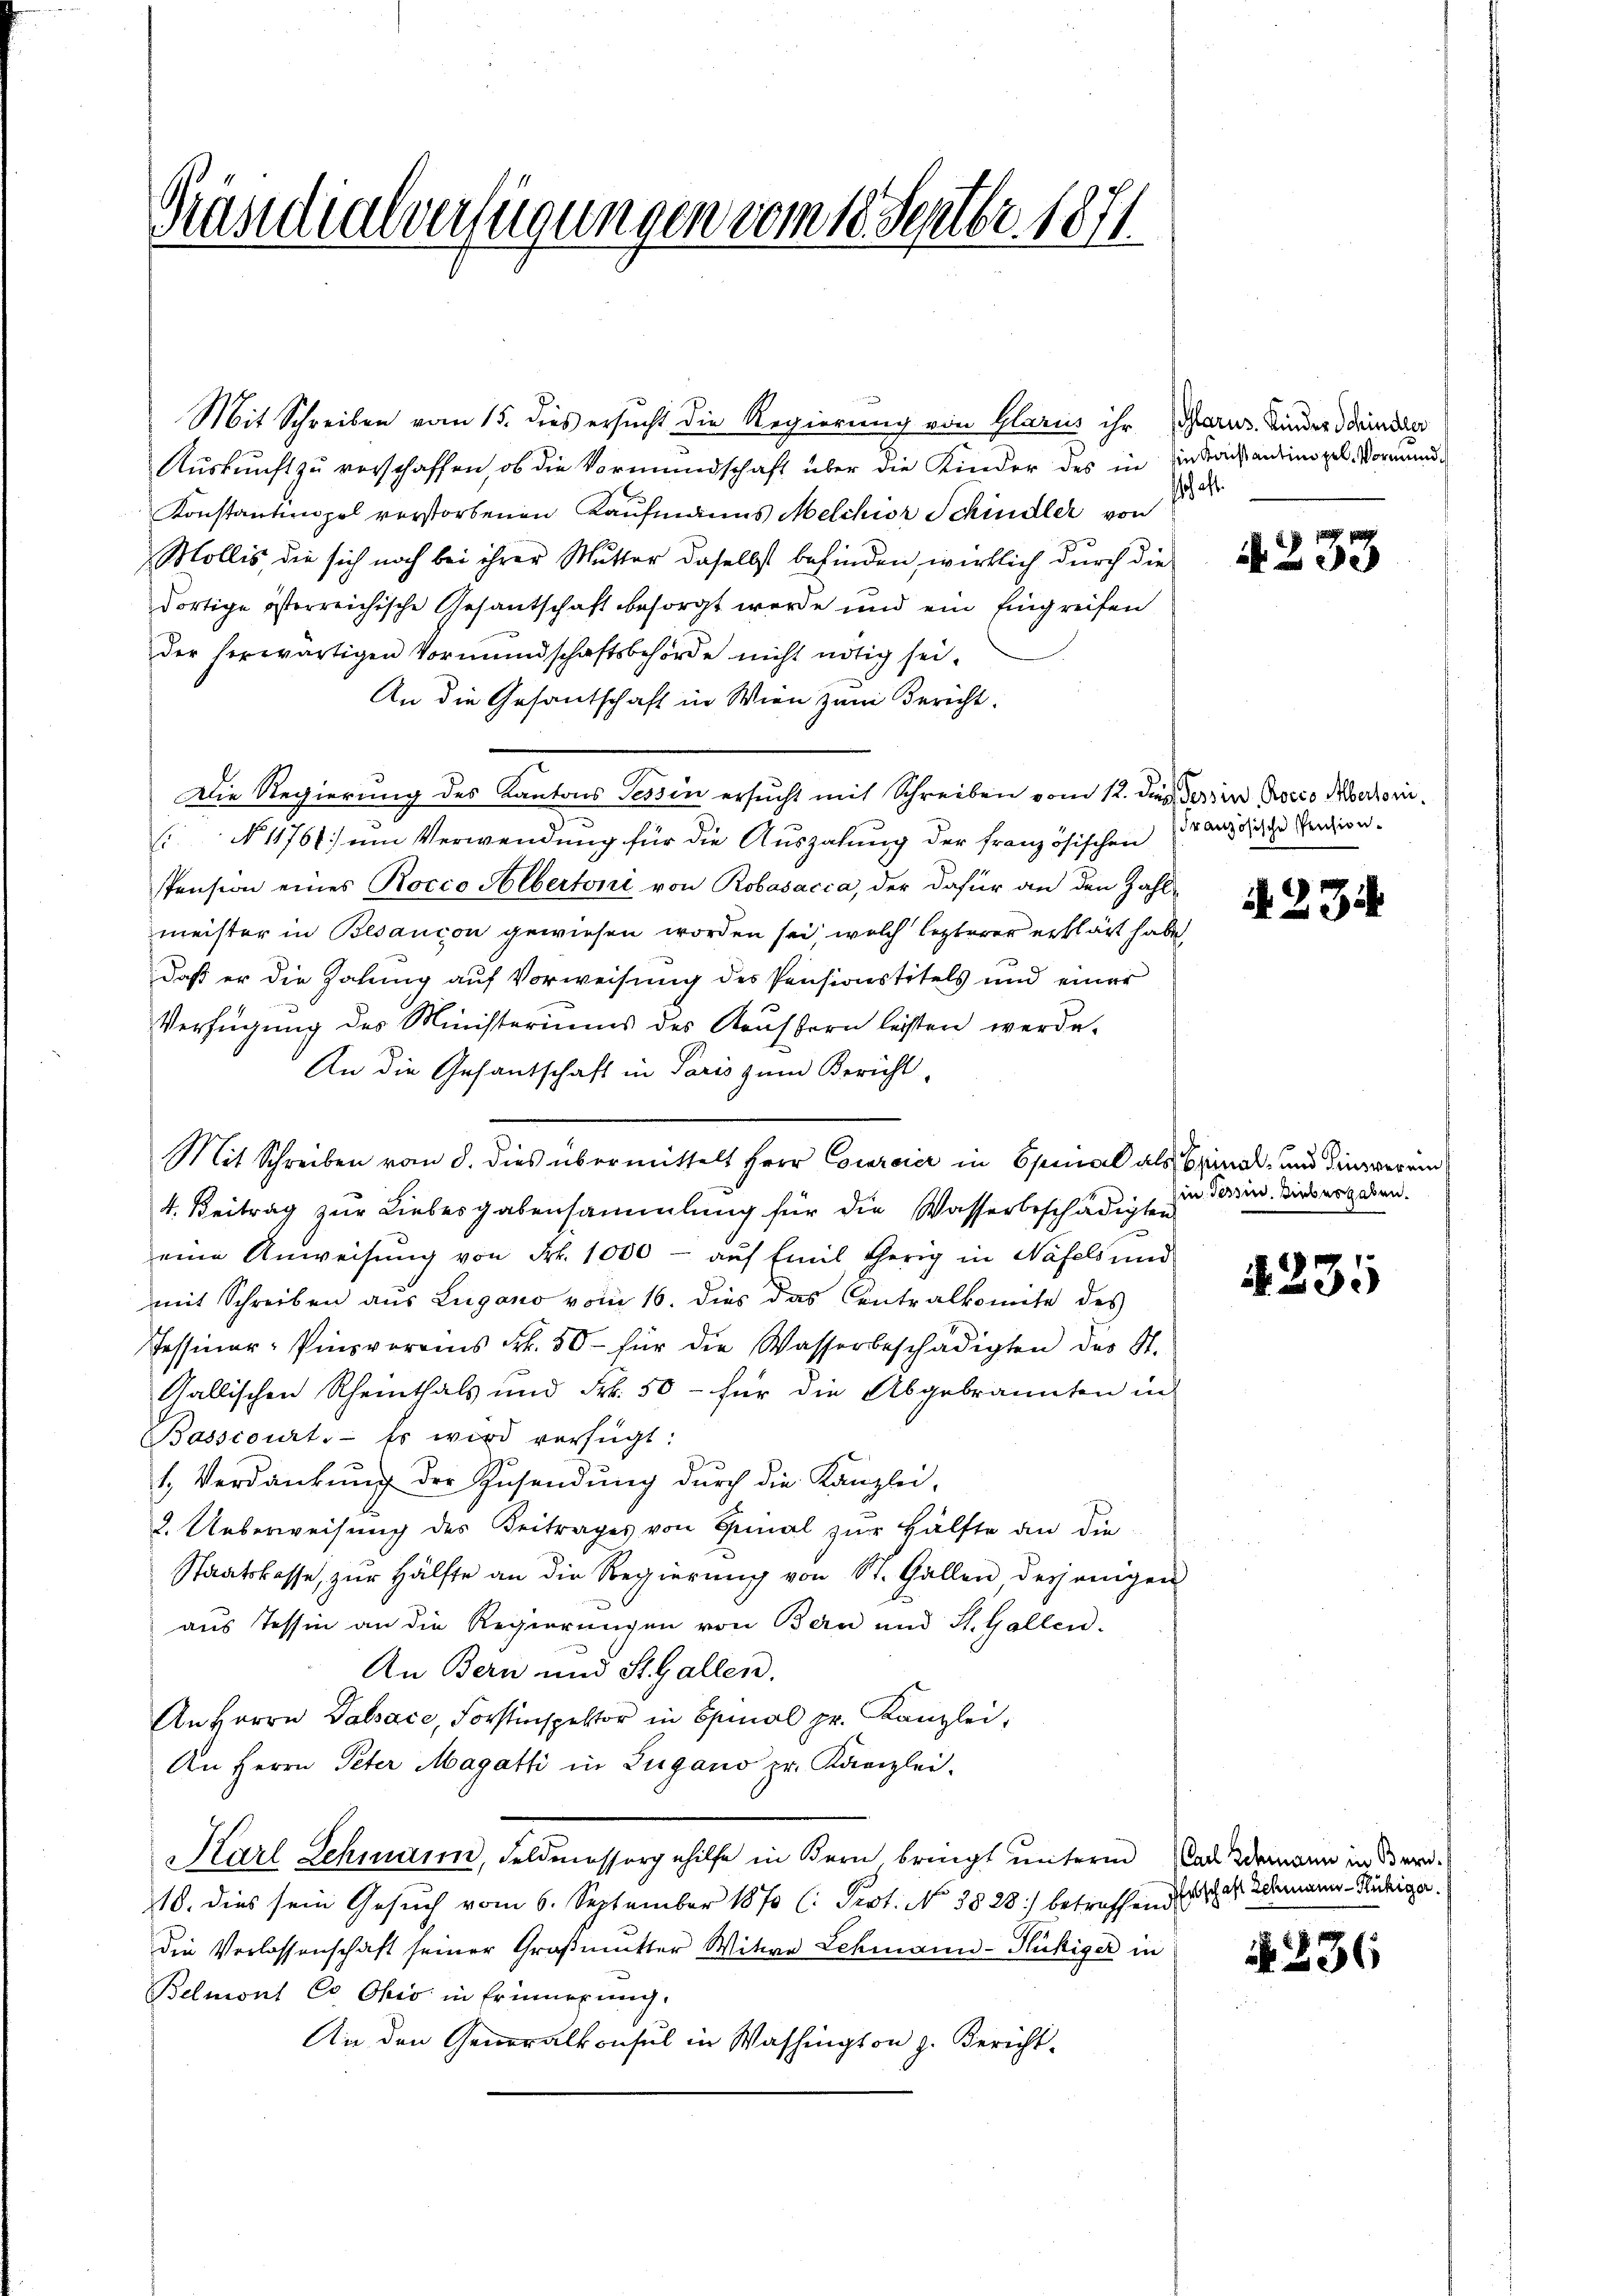
Brandialverfügungen vom 18. Septbr. 1871
f

Mit Schreiben vom 15. dies ersucht die Regierung von Glarus ihr Maris. Kinder darin der
Auskunft zu verschaffen, ob die Vormundschaft über die Kinder des in Eintrach antinopel Vormund¬
Konstantinopel verstorbenen Kaufmanns Melchior Schindler von d. d
Mollis, die sich noch bei ihrer Mutter daselbst befinden, wirklich durch die
dortige österreichische Gesantschaft besorgt werde und ein Eingreifen
der herwärtigen Vormundschaftsbehörde nicht nötig sei.
An die Gesantschaft in Wien zum Bericht.
Die Regierung des Kantons Tessin ersucht mit Schreiben vom 12. den der in Rocco Mertori¬
 No 11761 um Verwendung für die Auszahung der französischen (Marzoche Verdien¬
Pension eines Rocco Albertoni von Robasacca, der dafür an den Zahl-
meister in Blancon gewiesen worden sei, welch lezterer erklärt habe,
daß er die Zahung auf Vorweisung des Pensionstitels und einer
Verfügung des Ministeriums des Kauffern leisten werde.
An die Gesantschaft in Paris zum Bericht,
Mit Schreiben vom 8. dies übermittelt Herr Cocareier in Osmal als Spinal- und dingerein
4. Beitrag zur Liebesgabensammlung für die Wasserbeschädigten
eine Anweisung von Fr. 1000 - auf Emil therig in Näfels und
mit Schreiben aus Lugano vom 16. dies das Contralkomite des
Tessiner-Pinsvereins Frk. 50 für die Wasserbeschädigten des St.
Gallischen Rheinthals und Frk. 50 - für die Abgebrannten in
Basscourt.- Es wird verfügt:
1. Verdankung der Zusendung durch die Kanzlei-
2. Ueberweisung des Beitrages von Genal zŭr Hälfte an die
Staatskasse, zur Hälfte an die Regierŭng von St. Gallen desjenigen
aus Tessin an die Regierungen von Bern und St. Gallen.
An Bern und St. Gallen.
An Herrn Valsace, Forstinspektor in Spinal pr. Kanzlei,
An Herrn Peter Magath in Lugano pr. Kanzlei.
Karl Lehmann, Feldmessorgehilfe in Bern bringt unterm Par demann in Ber
10. dies sein Gesuch vom 6. September 1870 (: Prot. No 3828 betreffend durch des Schmann-Ruhige
Die Verlassenschaft seiner Großmutter Witwe Lehmann-Flückiger in
Belmont Co Ohio in Erinnerung.
An den Generalkonsul in Washington z. Bericht-

4233

N 234

Ein Tessin, liebesgaben.

4231

N 23